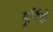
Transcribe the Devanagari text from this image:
मूर्त्तियों